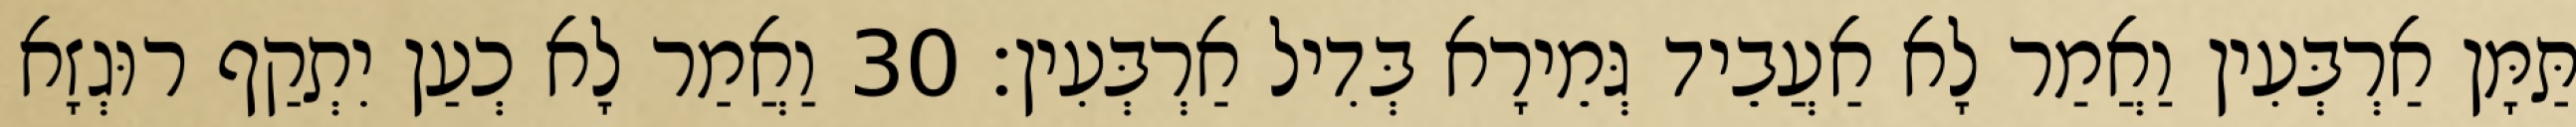
תַּמָּן אַרְבְּעִין וַאֲמַר לָא אַעֲבֵיד גְּמֵירָא בְּדִיל אַרְבְּעִין׃ 30 וַאֲמַר לָא כְעַן יִתְקַף רוּגְזָא